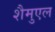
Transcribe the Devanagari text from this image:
शैमुएल